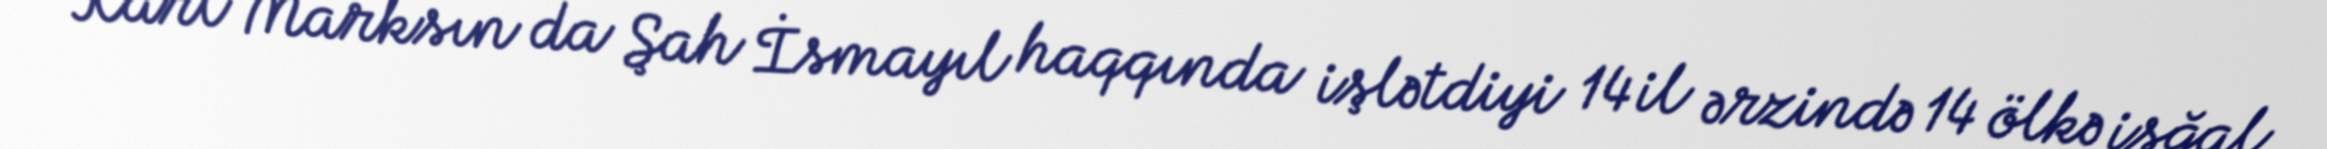
Karl Marksın da Şah İsmayıl haqqında işlətdiyi 14 il ərzində 14 ölkə işğal